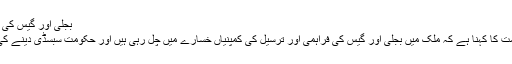
بجلی اور گیس کی قیمتوں میں اضافہ
پاکستان میں حکومت کا کہنا ہے کہ ملک میں بجلی اور گیس کی فراہمی اور ترسیل کی کمپنیاں خسارے میں چل رہی ہیں اور حکومت سبسڈی دینے کی متحمل نہیں ہے۔